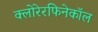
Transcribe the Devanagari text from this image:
क्लोरेरफिनेकॉल